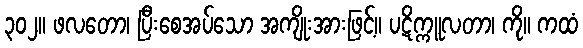
၃၀၂။ ဖလတော၊ ပြီးစေအပ်သော အကျိုးအားဖြင့်။ ပဋိက္ကူလတာ၊ ကို။ ကထံ